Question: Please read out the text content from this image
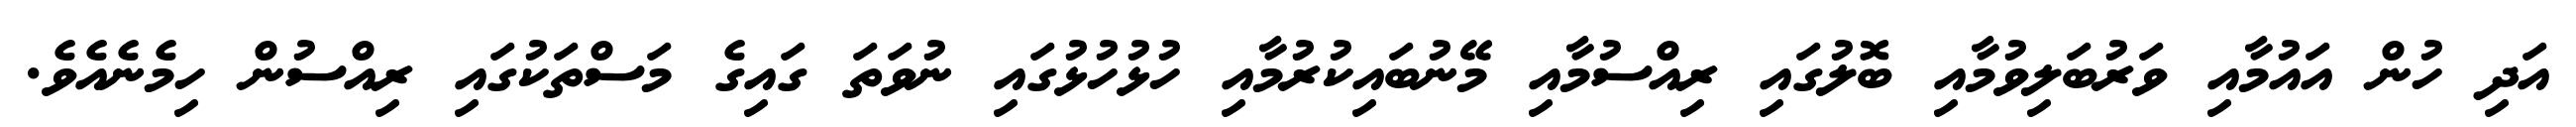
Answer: އަދި ހުން އައުމާއި ވަރުބަލިވުމާއި ބޮލުގައި ރިއްސުމާއި މޭނުބައިކުރުމާއި ހުޅުހުޅުގައި ނުވަތަ ގައިގެ މަސްތަކުގައި ރިއްސުން ހިމެނެއެވެ.